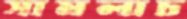
সামলাচ